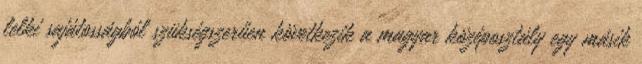
lelki sajátosságból szükségszerűen következik a magyar középosztály egy másik